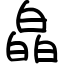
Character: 皛